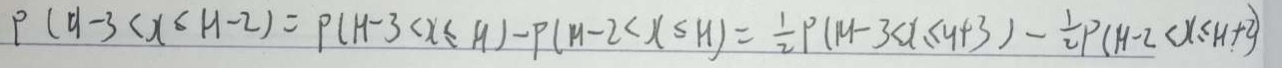
P ( H - 3 < x \leq H - 2 ) = P ( H - 3 < x \leq H ) - P ( H - 2 < x \leq H ) = \frac { 1 } { 2 } P ( H - 3 < x \leq H + 3 ) - \frac { 1 } { 2 } P ( H - 2 < x \leq H + 2 )